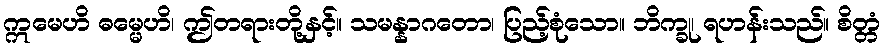
ဣမေဟိ ဓမ္မေဟိ၊ ဤတရားတို့နှင့်။ သမန္နာဂတော၊ ပြည့်စုံသော။ ဘိက္ခု၊ ရဟန်းသည်။ စိတ္တံ